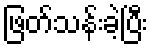
ဖြတ်သန်းခဲ့ပြီး